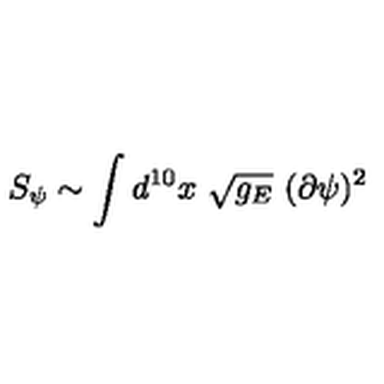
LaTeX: S _ { \psi } \sim \int d ^ { 1 0 } x \ \sqrt { g _ { E } } \ ( \partial \psi ) ^ { 2 }